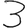
Digit: 3